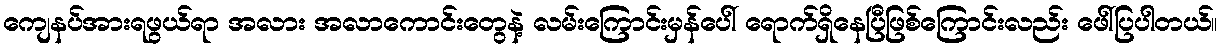
ကျေနပ်အားရဖွယ်ရာ အလား အလာကောင်းတွေနဲ့ လမ်းကြောင်းမှန်ပေါ် ရောက်ရှိနေပြီဖြစ်ကြောင်းလည်း ဖေါ်ပြပါတယ်။